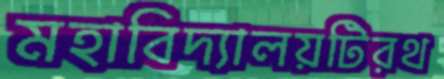
মহাবিদ্যালয়টিরথ